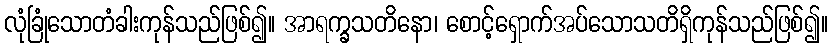
လုံခြုံသောတံခါးကုန်သည်ဖြစ်၍။ အာရက္ခသတိနော၊ စောင့်ရှောက်အပ်သောသတိရှိကုန်သည်ဖြစ်၍။